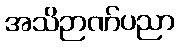
အသိဉာဏ်ပညာ